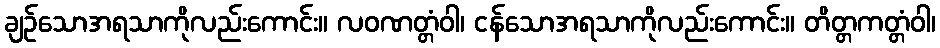
ချဉ်သောအရသာကိုလည်းကောင်း။ လဝဏတ္တံဝါ၊ ငန်သောအရသာကိုလည်းကောင်း။ တိတ္တကတ္တံဝါ၊